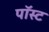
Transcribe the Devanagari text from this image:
पॉस्ट